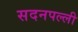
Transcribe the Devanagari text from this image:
सदनपल्ली